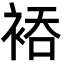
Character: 𮖂